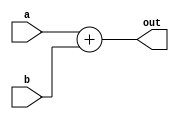
module modulo32(a,b,out
    );
             input [31:0] a,b;
             output [31:0] out;
            // wire temp;
             assign {out}=a+b;
endmodule